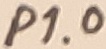
Text: P1.0